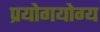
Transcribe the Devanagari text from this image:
प्रयोगयोग्य